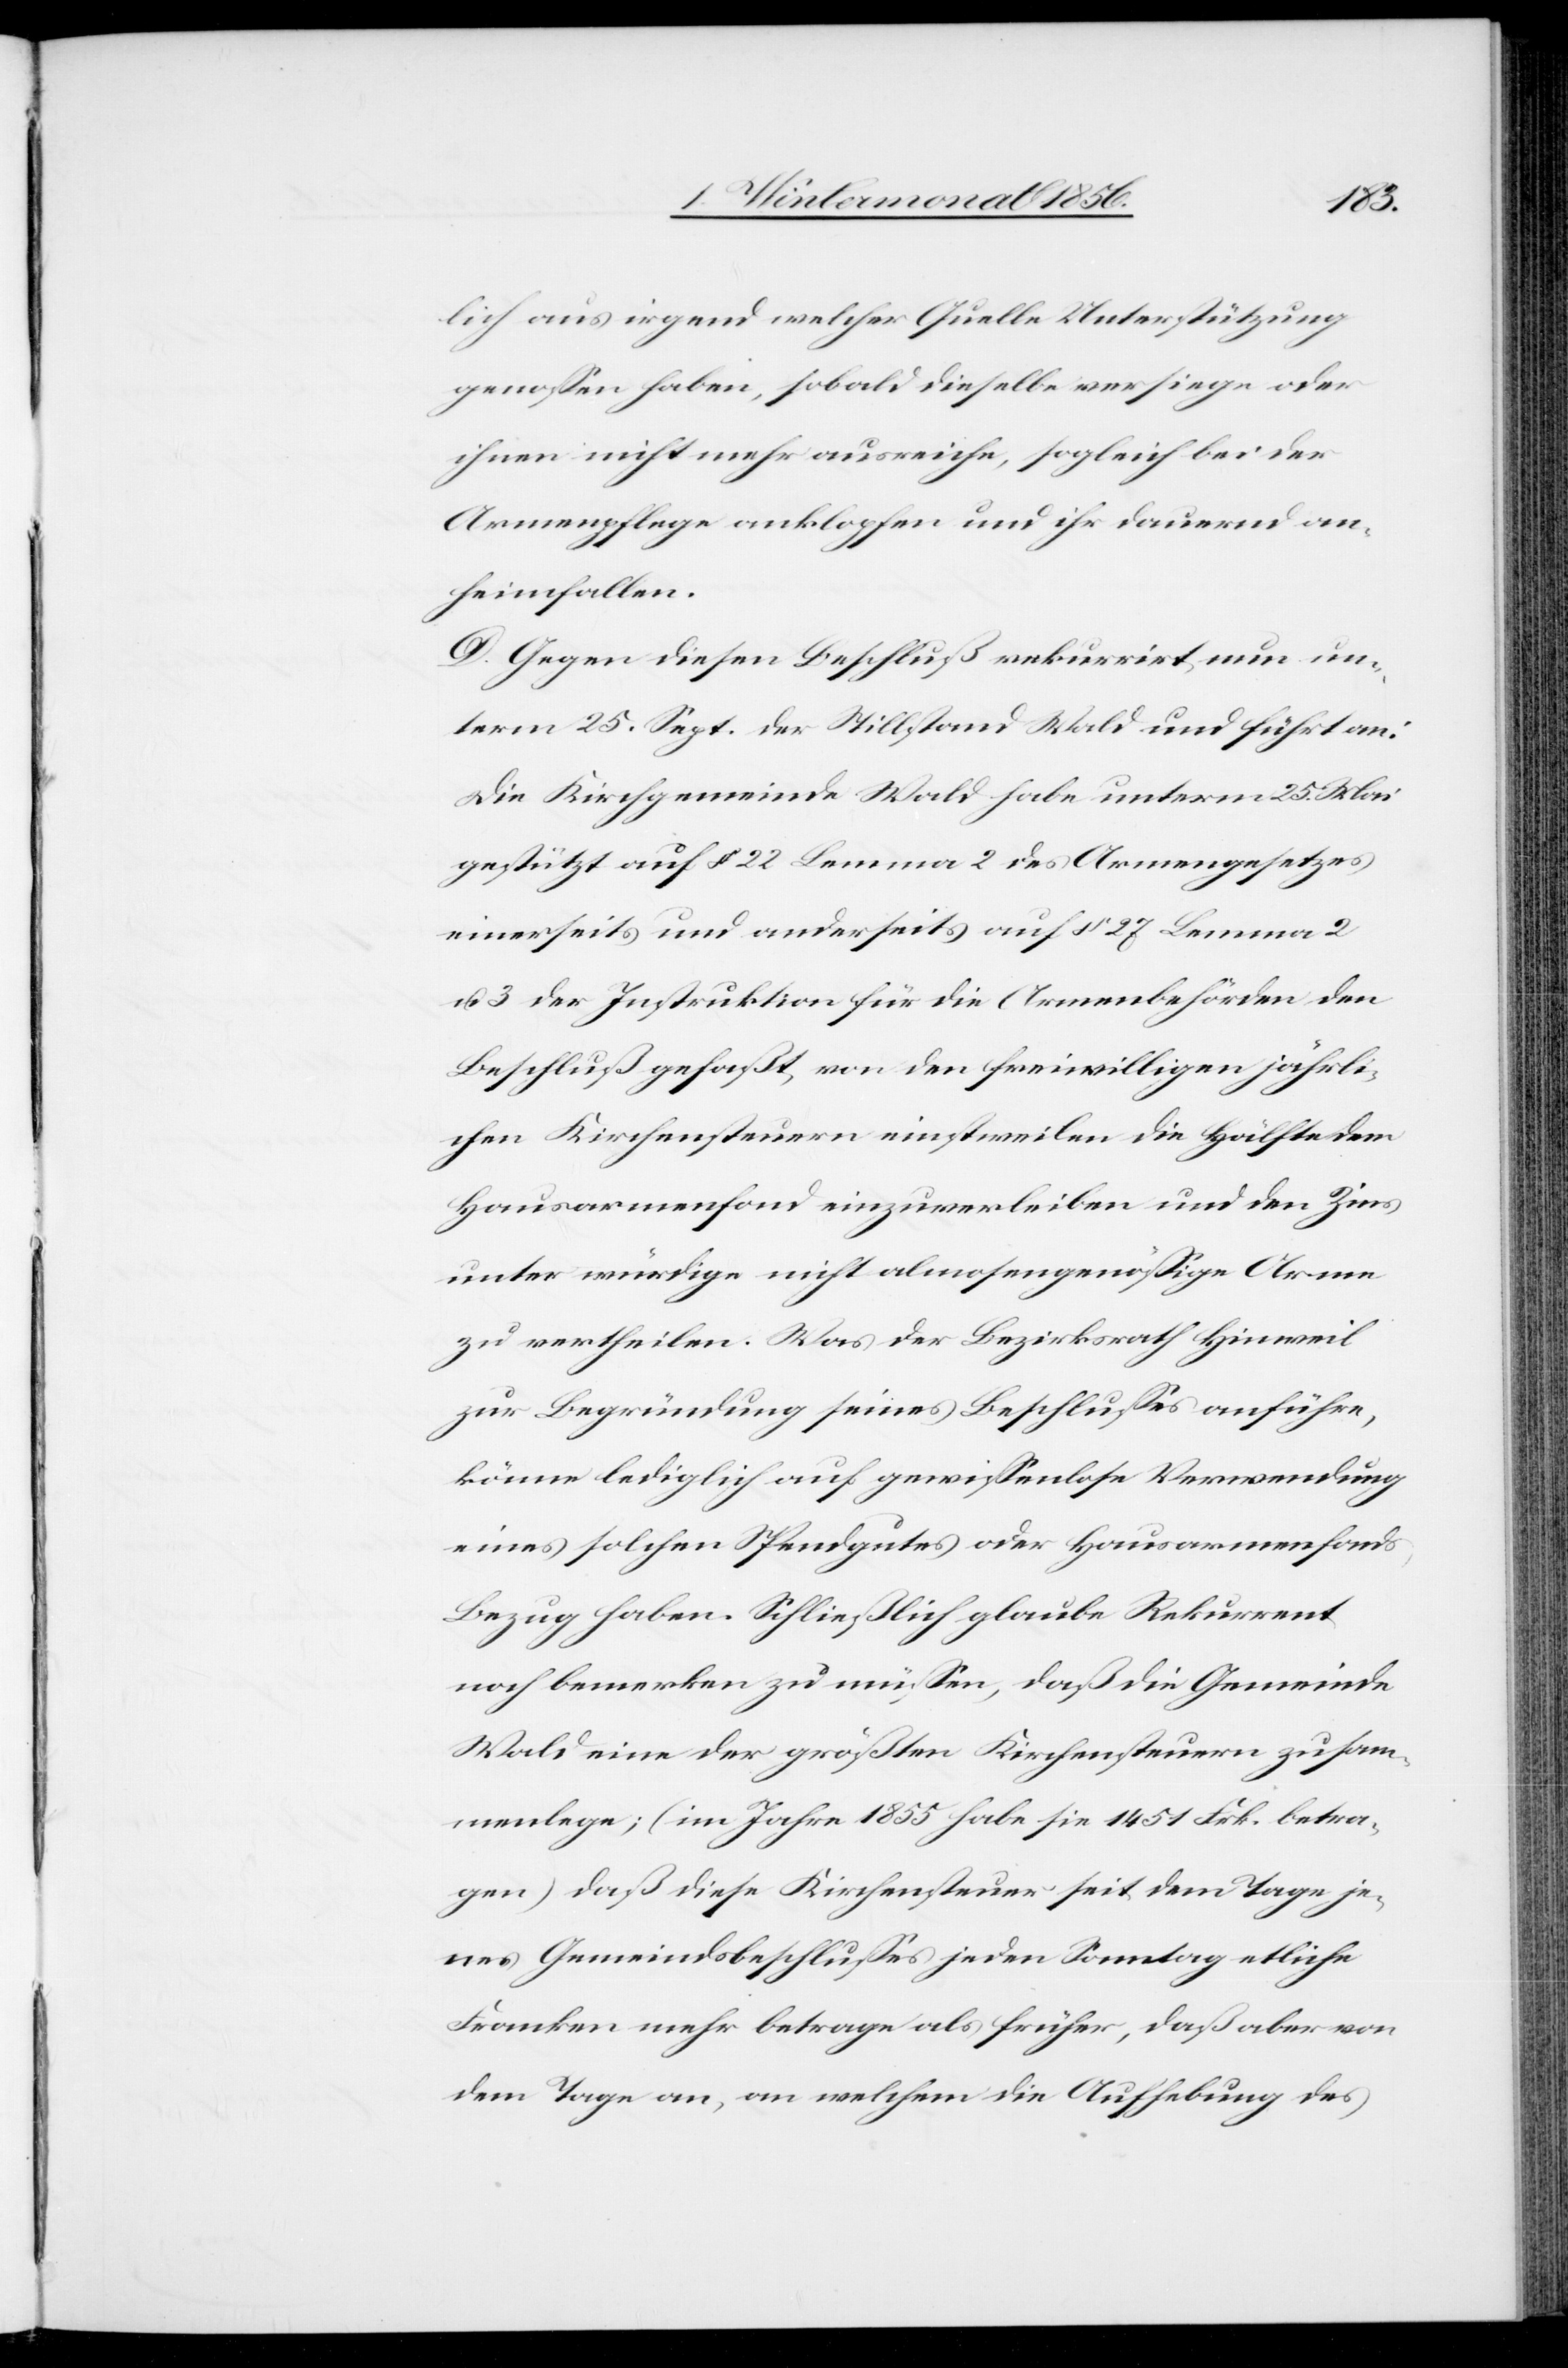
lich aus irgend welcher Quelle Unterstützung
genossen haben, sobald dieselbe versiege oder
ihnen nicht mehr ausreiche, sogleich bei der
Armenpflege anklopfen und ihr dauernd an¬
heimfallen.
D. Gegen diesen Beschluß rekurrirt nun un¬
term 25. Sept. der Stillstand Wald und führt an:
Die Kirchgemeinde Wald habe unterm 25. Mai
gestützt auf § 22 Lemma 2 des Armengesetzes
einerseits und anderseits auf § 27 Lemma 2
u. 3 der Instruktion für die Armenbehörden den
Beschluß gefaßt, von den freiwilligen jährli¬
chen Kirchensteuern einstweilen die Hälfte dem
Hausarmenfond einzuverleiben und den Zins
unter würdige nicht almosengenössige Arme
zu vertheilen. Was der Bezirksrath Hinweil
zur Begründung seines Beschlusses anführe,
könne lediglich auf gewissenlose Verwendung
eines solchen Spendgutes oder Hausarmenfonds
Bezug haben. Schließlich glaube Rekurrent
noch bemerken zu müssen, daß die Gemeinde
Wald eine der größten Kirchensteuern zusam¬
menlege; (im Jahre 1855 habe sie 1451 Frk. betra¬
gen) daß diese Kirchensteuer seit dem Tage je¬
nes Gemeindsbeschlusses jeden Sonntag etliche
Franken mehr betragen als früher, daß aber von
dem Tage an, an welchem die Aufhebung des